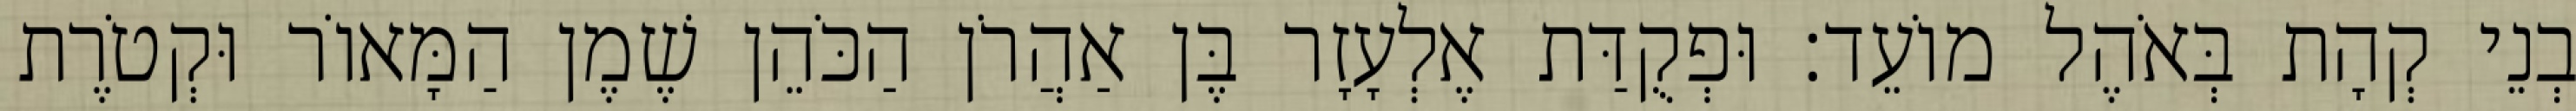
בְנֵי קְהָת בְּאֹהֶל מוֹעֵד׃ וּפְקֻדַּת אֶלְעָזָר בֶּן אַהֲרֹן הַכֹּהֵן שֶׁמֶן הַמָּאוֹר וּקְטֹרֶת